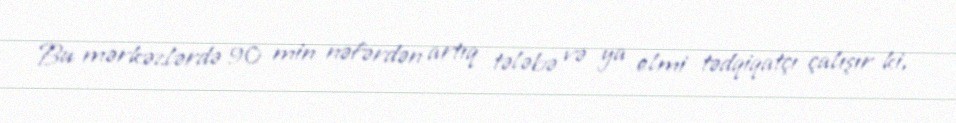
Bu mərkəzlərdə 90 min nəfərdən artıq tələbə və ya elmi tədqiqatçı çalışır ki,